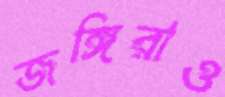
জঙ্গিরাও